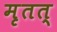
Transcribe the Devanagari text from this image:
मृतत्